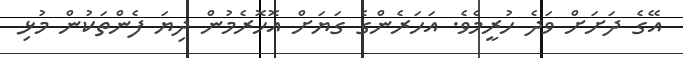
އޭގެ ދަށަށް ވަދެ ހުރީމެވެ. އަހަރެންގެ ގަޔަށް އޮހޮރެމުން ދިޔަ ފެންތަކުން މުޅި